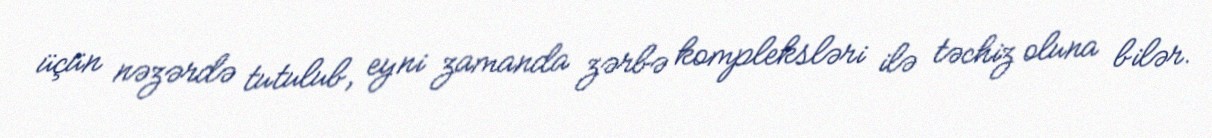
üçün nəzərdə tutulub, eyni zamanda zərbə kompleksləri ilə təchiz oluna bilər.